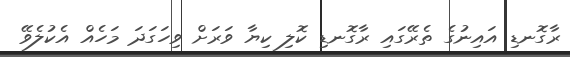
ރާގޮނޑި އައިނުގެ ތެރޭގައި ރާގޮނޑި ކޮލި ކިޔާ ވަރަށް ވިހަގަދަ މަހެއް އެކުލެވޭ